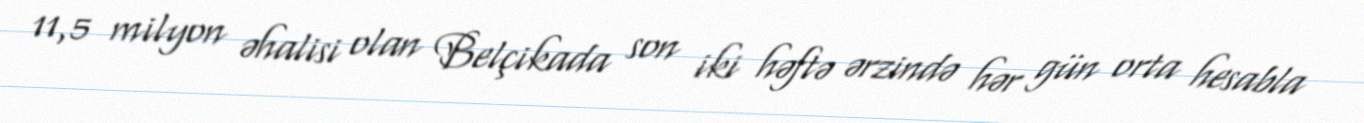
11,5 milyon əhalisi olan Belçikada son iki həftə ərzində hər gün orta hesabla